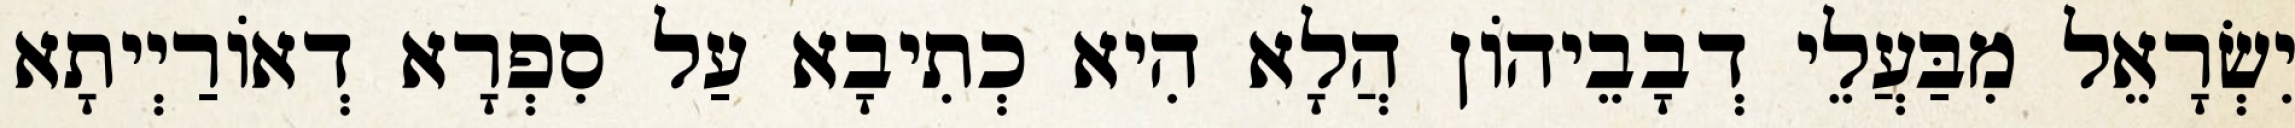
יִשְׂרָאֵל מִבַּעֲלֵי דְבָבֵיהוֹן הֲלָא הִיא כְתִיבָא עַל סִפְרָא דְאוֹרַיְיתָא